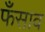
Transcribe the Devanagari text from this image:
फँसाव